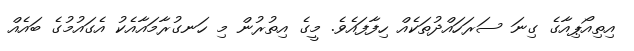
އިތިއޯޕިއާގެ ގިނަ ސަރަހައްދުތަކެއް ހިފާފައެވެ. މީގެ އިތުރުން މި ހަނގުރާމައާއެކު އެގައުމުގެ ބައެއް